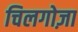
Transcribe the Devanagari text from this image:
चिलगोज़ा